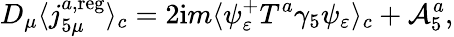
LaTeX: D_{\mu}\langle j_{5\mu}^{a,\mathrm{reg}}\rangle_{c}=2\mathrm{i}m\langle\psi_{\varepsilon}^{+}T^{a}\gamma_{5}\psi_{\varepsilon}\rangle_{c}+{\cal A}_{5}^{a},